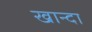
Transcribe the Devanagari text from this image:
खान्दा